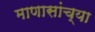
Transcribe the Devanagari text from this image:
माणासांच्या